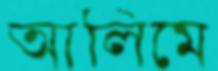
আলিমে